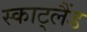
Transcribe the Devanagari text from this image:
स्काट्लैंड